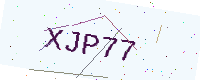
Text: XJP77